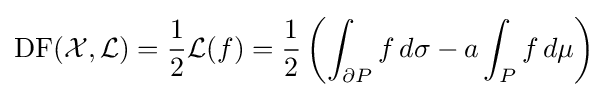
\operatorname {DF} ({\mathcal {X}},{\mathcal {L}})={\frac {1}{2}}{\mathcal {L}}(f)={\frac {1}{2}}\left(\int _{\partial P}f\,d\sigma -a\int _{P}f\,d\mu \right)